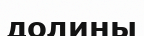
долины